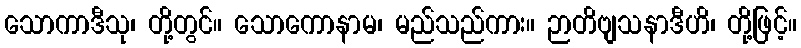
သောကာဒီသု၊ တို့တွင်။ သောကောနာမ၊ မည်သည်ကား။ ဉာတိဗျသနာဒီဟိ၊ တို့ဖြင့်။